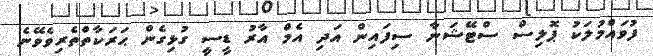
ފުވައްމުލަކު ޕޮލިސް ސްޓޭޝަނާ ސިފައިން އަދި އެމް އާރު ޑީސީ ގުޅިގެެން ޙަރަކާތްތެރިވެވޭނެ